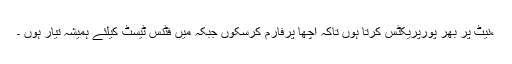
،نیٹ پر بھر پورپریکٹس کرتا ہوں تاکہ اچھا پرفارم کرسکوں جبکہ میں فٹنس ٹیسٹ کیلئے ہمیشہ تیار ہوں ۔